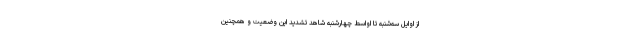
از اوایل سه‌شنبه تا اواسط چهارشنبه شاهد تشدید این وضعیت و همچنین